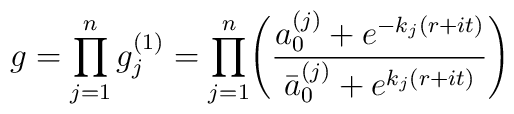
g = \displaystyle  \prod_{j=1}^{n} g_j^{(1)} = \displaystyle \prod_{j=1}^{n}\Biggl({{a_0^{(j)} +e^{-{k_j}(r+it)}}\over{\bar a_0^{(j)}+ e^{{k_j}(r+it)}}}\Biggr)